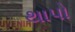
થાપો